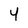
Character: 4